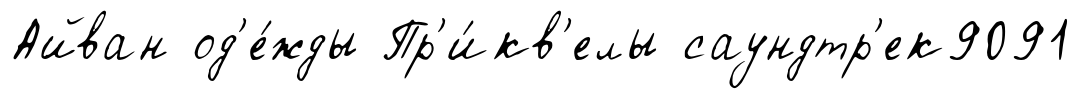
Айван од'е́жды Пр'и́кв'елы саундтр'ек9091